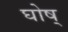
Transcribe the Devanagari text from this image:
घोष्